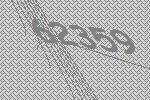
62359